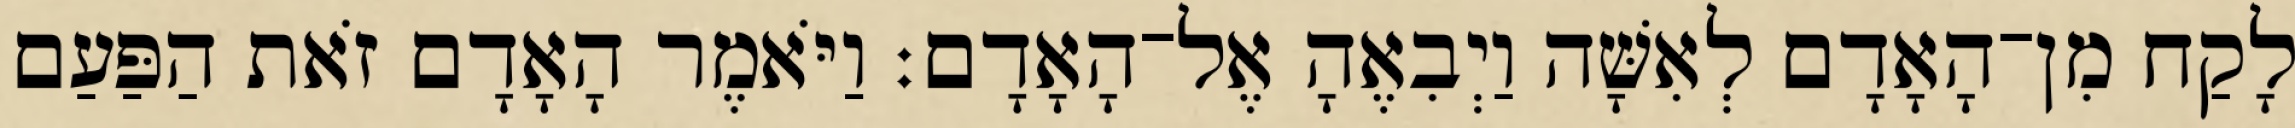
לָקַח מִן־הָאָדָם לְאִשָּׁה וַיְבִאֶהָ אֶל־הָאָדָם׃ וַיֹּאמֶר הָאָדָם זֹאת הַפַּעַם